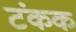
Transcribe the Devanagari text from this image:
टंकक